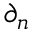
\partial _ { n }